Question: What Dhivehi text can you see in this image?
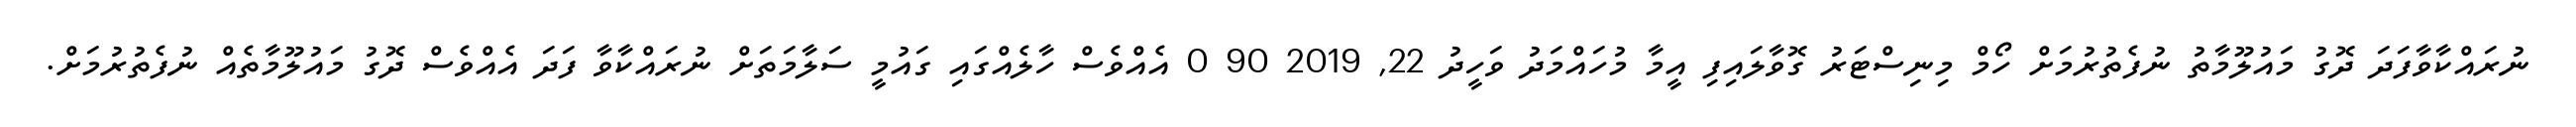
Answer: ނުރައްކާވާފަދަ ދޮގު މައުލޫމާތު ނުފެތުރުމަށް ހޯމް މިނިސްޓަރު ގޮވާލައިފި އީމާ މުހައްމަދު ވަހީދު 22, 2019 90 0 އެއްވެސް ހާލެއްގައި ގައުމީ ސަލާމަތަށް ނުރައްކާވާ ފަދަ އެއްވެސް ދޮގު މައުލޫމާތެއް ނުފެތުރުމަށް.